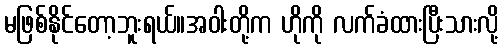
မဖြစ်နိုင်တော့ဘူးရယ်။အဝါးတို့က ဟိုကို လက်ခံထားပြီးသားလို့